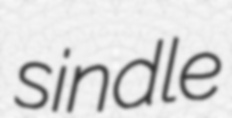
sindle